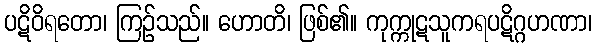
ပဋိဝိရတော၊ ကြဉ်သည်။ ဟောတိ၊ ဖြစ်၏။ ကုက္ကုဋသူကရပဋိဂ္ဂဟဏာ၊